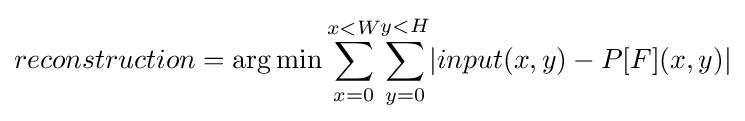
reconstruction=\operatorname {arg\,min} {\overset {x<W}{\underset {x=0}{\sum }}}{\overset {y<H}{\underset {y=0}{\sum }}}|input(x,y)-P[F](x,y)|